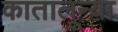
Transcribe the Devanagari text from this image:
कातालून्या